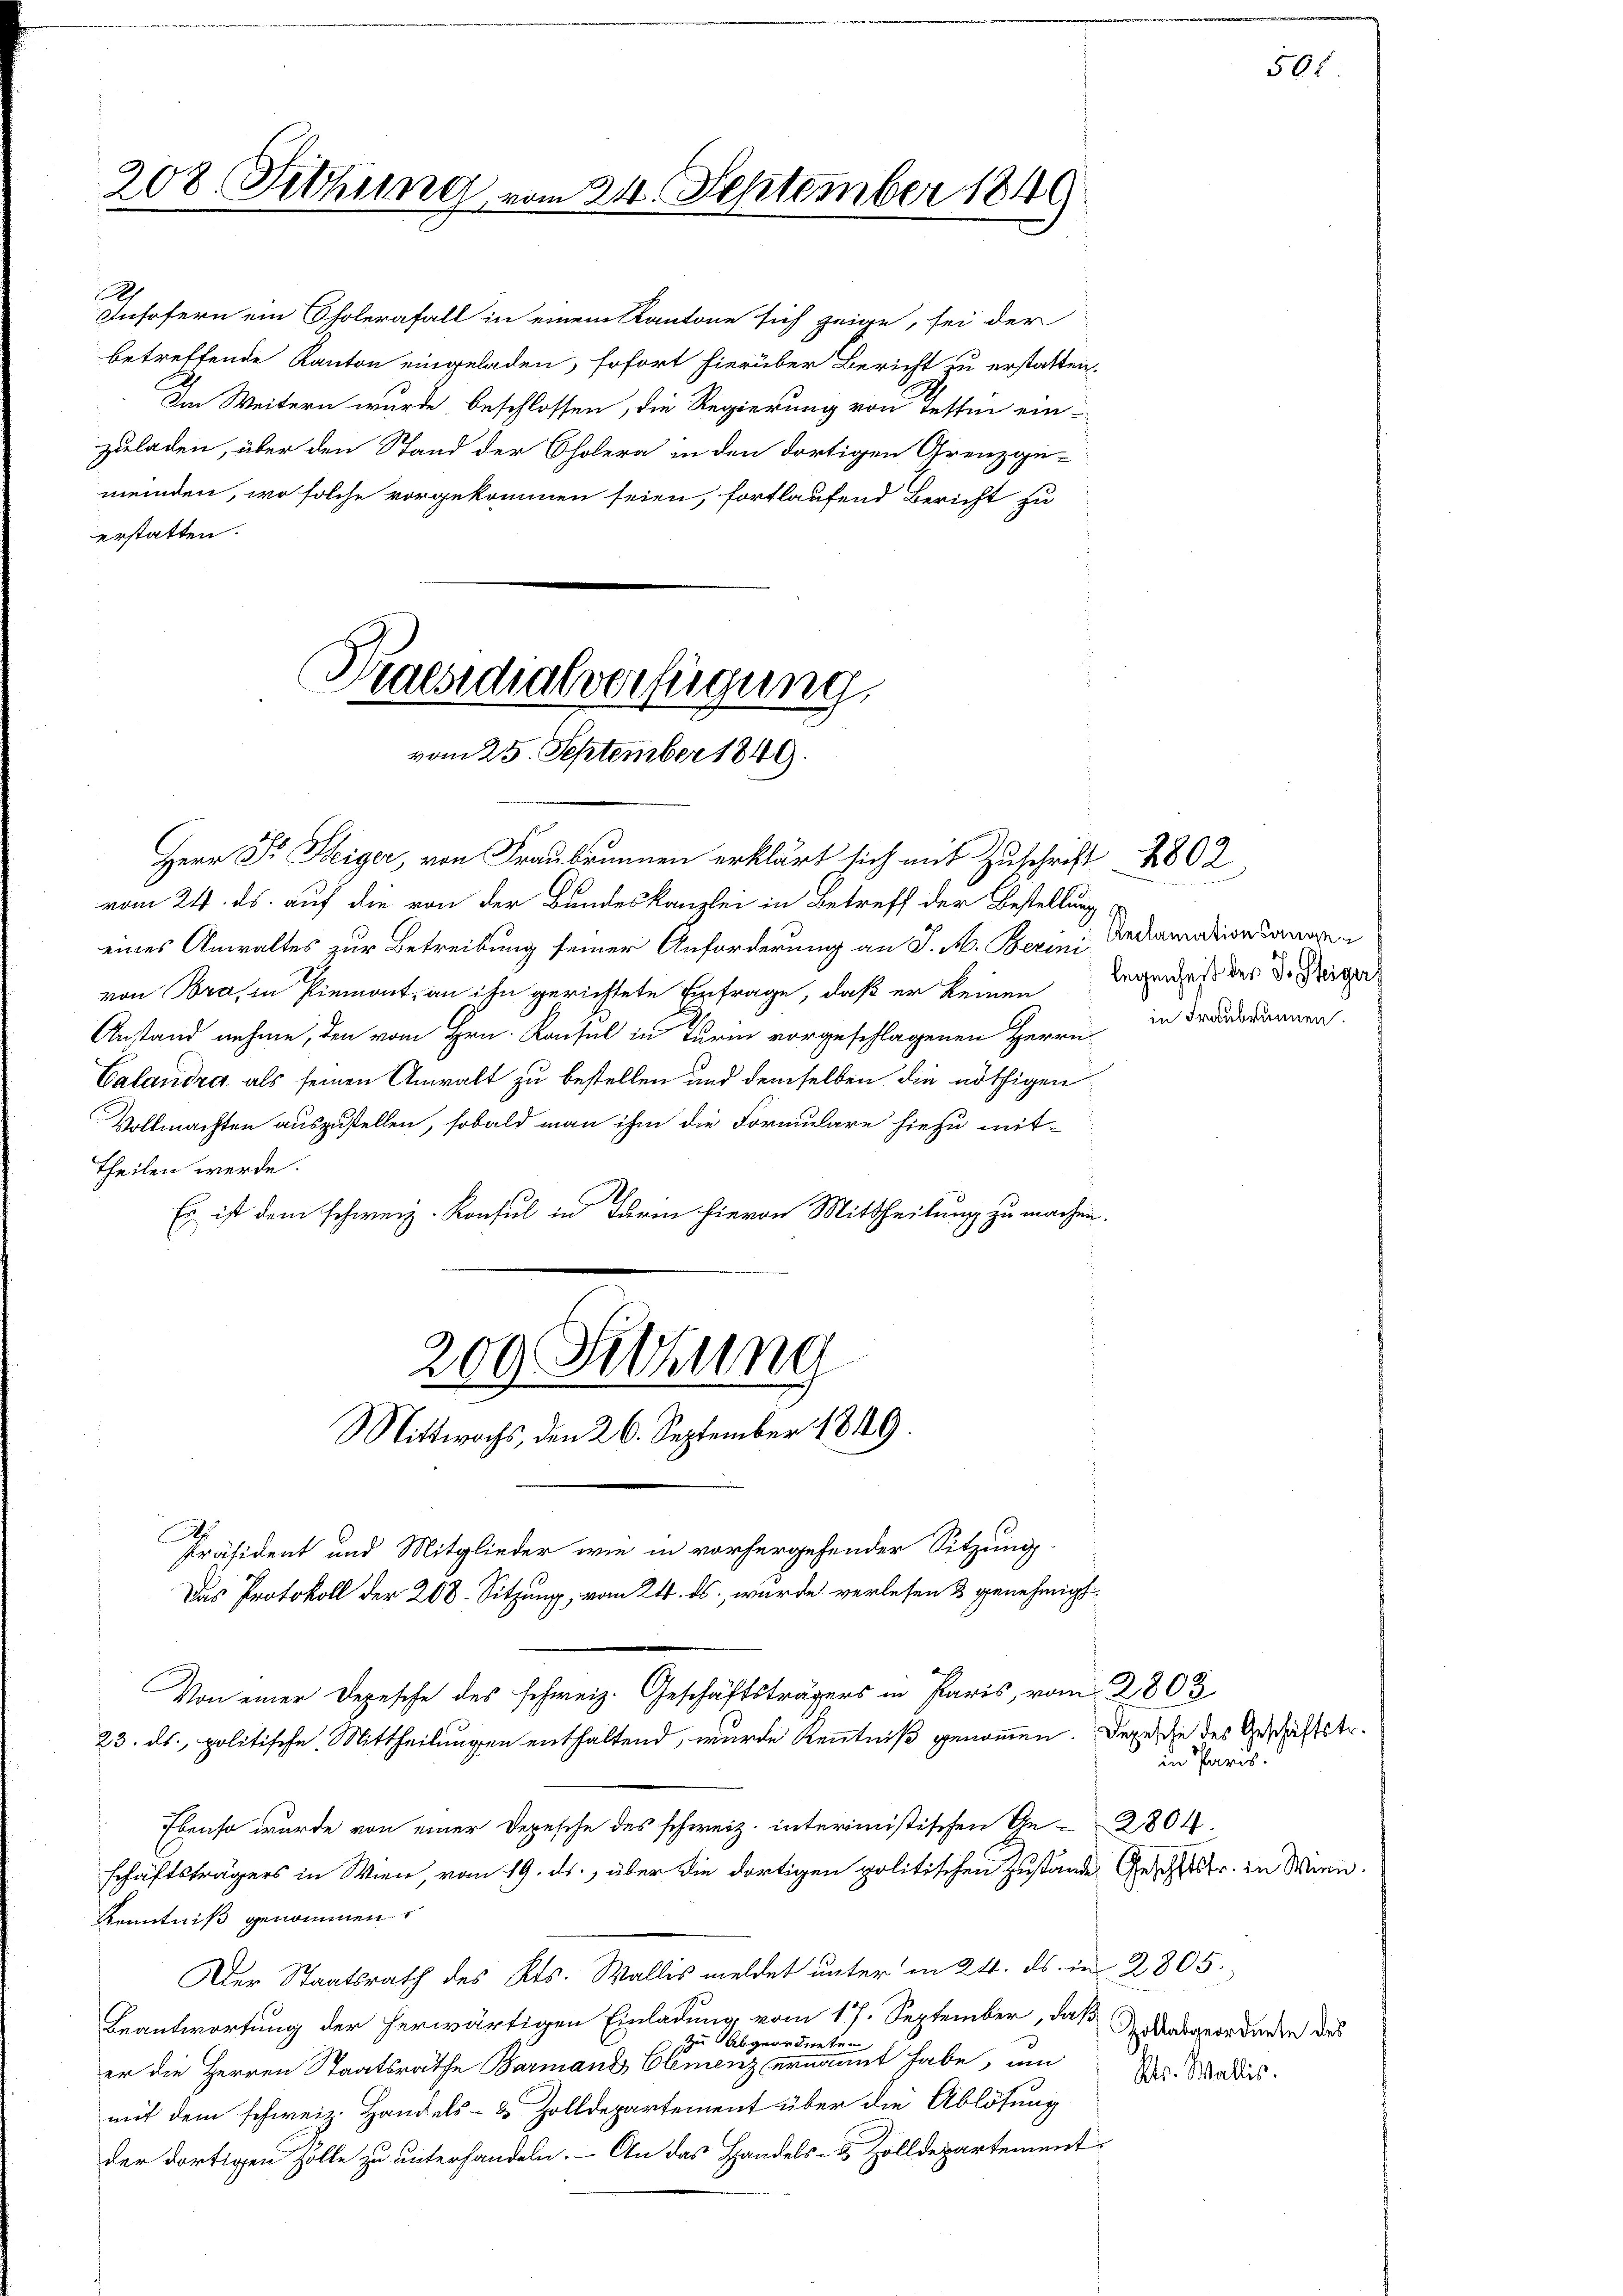
208. Sitzung vom 24. September 1849

2
Insofern ein Cholerafall in einem Kantone sich zeige, sei der
betreffende Kanton eingeladen, sofort hierüber Bericht zu erstatten.
Im Weitern wurde, beschlossen, die Regierung von Tessin ein-
zuladen, über den Stand der Cholera in den dortigen Grenzge-
meinden, wo solche vorgekommen seien, fortlaufend Bericht zu
erstatten.
Praesidialverfügung.

vom 25. September 1849.

Herr Dr. Steiger, von Fraubrunnen erklärt sich mit Zuschrift 2802.
vom 24. ds. auf die von der Bundeskanzlei in Betreff der Bestellung
eines Anwaltes zur Betreibung seiner Anforderung an J. M. Berini, Andramationsange
von Bra, in Piemont, an ihn gerichtete Einfrage, daß er keinen Regenheit der Dr. Weiger
Anstand nehme, den vom Hrn. Konsul in Turm vorgeschlagenen Herrn
Calandra als seinen Anwalt zu bestellen und demselben die nöthigen
Vollmachten auszustellen, sobald man ihm die Formulare hiezu mit-
Theilen werde.
Es ist dem schweiz. Konsul in Turm hievon Mittheilung zu machen.
.
Präsident und Mitglieder wie in vorhergehender Sitzung
Das Protokoll der 208. Sitzung, vom 24. ds. wurde verlesen & genehmigt.
Von einer Depesche des schweiz. Geschäftsträgers in Paris, vom 2803
23. ds., politische Mittheilungen enthaltend, wurde Kenntniß genommen. Depesche des Geschäftstr.
Ebenso wurde von einer Depesche des schweiz. interinistischen Ge-2804.
schäftsträgers in Wien, vom 19. ds., über die dortigen politischen Zustände Gesich in Wien.
Kenntniß genommen
Der Staatsrath des Kts. Wallis meldet unter in 24. ds. in
Beantwortung der herwärtigen Einladung vom 17. September, daß
zu Abgeor
eten
er die Herren Staatsrathe Barmand Clemenz ernannt habe, um
mit dem schweiz. Handels- & Zolldepartement über die Ablösung
der dortigen Zolle zu unterhandeln. - An das Handels- & Zolldepartement

200 Setzung
Mittwochs, den 26. September 1849.

in Fraubrunnen.

505

in Paris.

2805.
Zollabgeordnete des
Kts. Wallis.